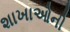
શાખાઓની